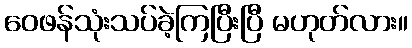
ဝေဖန်သုံးသပ်ခဲ့ကြပြီးပြီ မဟုတ်လား။